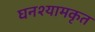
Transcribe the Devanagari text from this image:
घनश्यामकृत